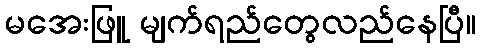
မအေးဖြူ မျက်ရည်တွေလည်နေပြီ။